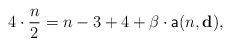
\begin{align*}4\cdot \frac{n}{2}=n-3+4+\beta\cdot \mathsf{a}(n,\mathbf{d}),\end{align*}